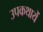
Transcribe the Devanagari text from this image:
उपकथायें